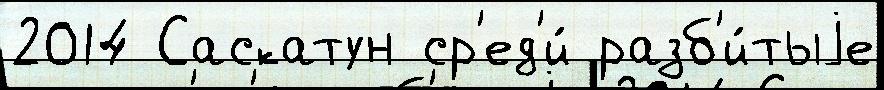
2014 Саскатун ср'ед'и́ разб'и́тыjе